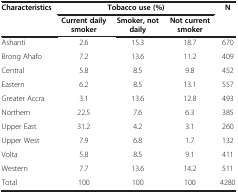
| <ROWSPAN=2> Characteristics | <COLSPAN=3> Tobacco use (%) | <ROWSPAN=2> N |
 | Current daily smoker | Smoker, not daily | Not current smoker |
 | --- | --- | --- | --- | --- |
 | Ashanti | 2.6 | 15.3 | 18.7 | 670 |
 | Brong Ahafo | 7.2 | 13.6 | 11.2 | 409 |
 | Central | 5.8 | 8.5 | 9.8 | 452 |
 | Eastern | 6.2 | 8.5 | 13.1 | 557 |
 | Greater Accra | 3.1 | 13.6 | 12.8 | 493 |
 | Northern | 22.5 | 7.6 | 6.3 | 385 |
 | Upper East | 31.2 | 4.2 | 3.1 | 260 |
 | Upper West | 7.9 | 6.8 | 1.7 | 132 |
 | Volta | 5.8 | 8.5 | 9.1 | 411 |
 | Western | 7.7 | 13.6 | 14.2 | 511 |
 | Total | 100 | 100 | 100 | 4280 |